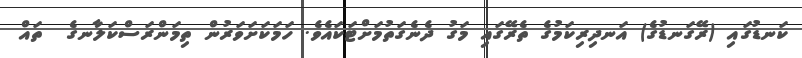
ކަނޑުގައި (ރޭގަނޑުގެ) އަނދިރިކަމުގެ ތެރޭގައި މަގު ދެނެގަތުމަށްޓަކައެވެ. ހަމަކަށަވަރުން ތިމަންރަސްކަލާނގެ  ތައް